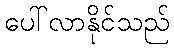
ပေါ်လာနိုင်သည်